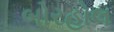
બોરહોલ